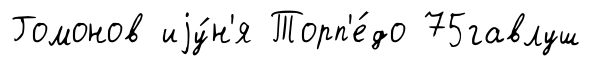
Гомонов иjу́н'я Торп'е́до 75гавлуш